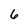
Character: 6